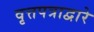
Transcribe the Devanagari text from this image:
वृत्तपत्राद्वारे